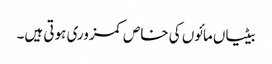
بیٹیاں مائوں کی خاص کمزوری ہوتی ہیں۔